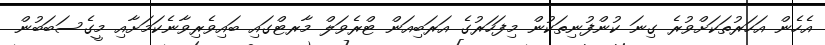
އެހެން އަހަރުތަކަށްވުރެ ގިނަ ކުންފުނިތަކުން މިފަހަރުގެ އަރަބިއަން ޓްރެވަލް މާރޓްގައި ބައިވެރިވާނެކަމަށާއި މީގެސަބަބުން